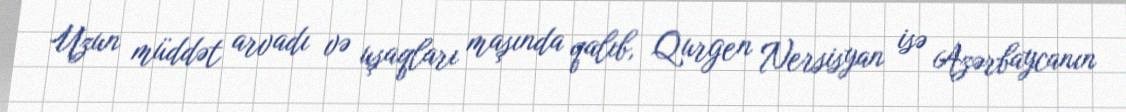
Uzun müddət arvadı və uşaqları maşında qalıb, Qurgen Nersisyan isə Azərbaycanın